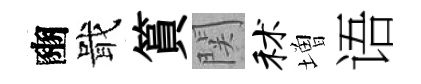
豳戢篔関秫増语